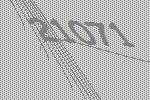
21071